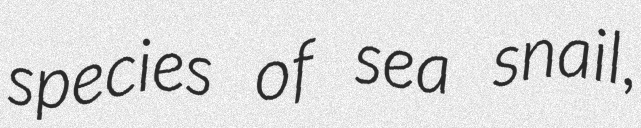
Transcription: species of sea snail,